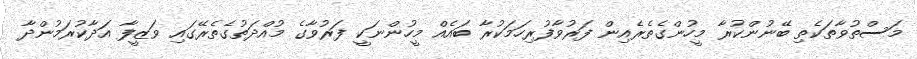
މަސްތުވާތަކެތި ބޭނުންކުރާ މީހުންގެތެރެއިން ފަރުވާފުރިހަމަކުރާ ބައެއް މީހުންނަކީ ފަރުވާގެ މުއްދަތުގެތެރޭގައި ވަޒީފާ އަދާކުރަމުންދާ